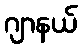
ဂျာနယ်